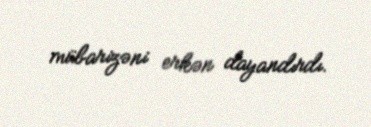
mübarizəni erkən dayandırdı.